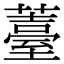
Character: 薹